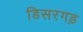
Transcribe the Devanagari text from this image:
डिसरगड़